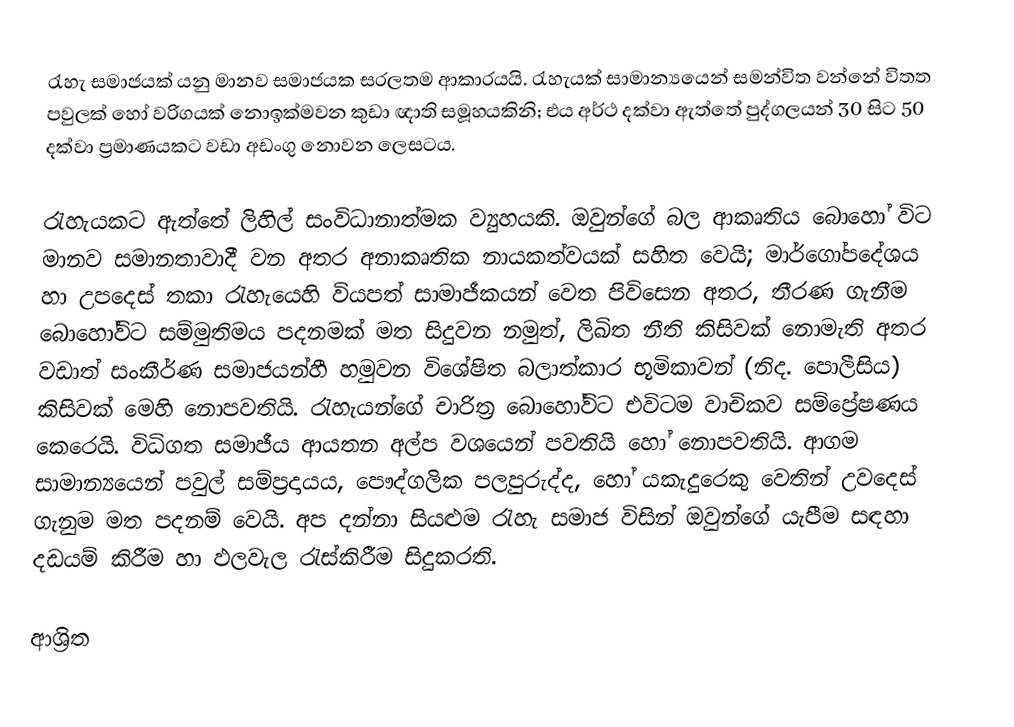
රැහැ සමාජයක් යනු මානව සමාජයක සරලතම ආකාරයයි. රැහැයක් සාමාන්‍යයෙන් සමන්විත වන්නේ විතත පවුලක් හෝ වරිගයක් නොඉක්මවන කුඩා ඥාති සමූහයකිනි; එය අර්ථ දක්වා ඇත්තේ පුද්ගලයන් 30 සිට 50 දක්වා ප්‍රමාණයකට වඩා අඩංගු නොවන ලෙසටය.

රැහැයකට ඇත්තේ ලිහිල් සංවිධානාත්මක ව්‍යුහයකි.  ඔවුන්ගේ බල ආකෘතිය බොහෝ විට මානව සමානතාවාදී වන අතර අනාකෘතික නායකත්වයක් සහිත වෙයි; මාර්ගෝපදේශය හා උපදෙස් තකා රැහැයෙහි වියපත් සාමාජීකයන් වෙත පිවිසෙන අතර, තීරණ ගැනීම බොහෝවිට  සම්මුතිමය පදනමක් මත සිදුවන නමුත්, ලිඛිත  නීති කිසිවක් නොමැති අතර වඩාත් සංකීර්ණ සමාජයන්හී හමුවන විශේෂිත බලාත්කාර භූමිකාවන් (නිද. පොලීසිය) කිසිවක් මෙහි නොපවතියි. රැහැයන්ගේ චාරිත්‍ර බොහෝවිට එවිටම වාචිකව සම්ප්‍රේෂණය කෙරෙයි. විධිගත සමාජීය ආයතන අල්ප වශයෙන් පවතියි හෝ නොපවතියි. ආගම සාමාන්‍යයෙන් පවුල් සම්ප්‍රදායය, පෞද්ගලික පලපුරුද්ද, හෝ  යකැදුරෙකු වෙතින් උවදෙස් ගැනුම මත පදනම් වෙයි. අප දන්නා සියළුම රැහැ සමාජ විසින් ඔවුන්ගේ යැපීම සඳහා දඩයම් කිරීම හා ඵලවැල රැස්කිරීම සිදුකරති.

ආශ්‍රිත